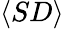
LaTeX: \langle SD\rangle